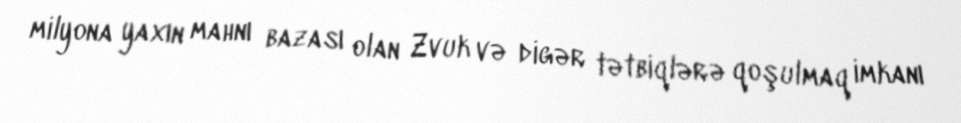
milyona yaxın mahnı bazası olan Zvuk və digər tətbiqlərə qoşulmaq imkanı